Scottish Certificate of Education, 1962
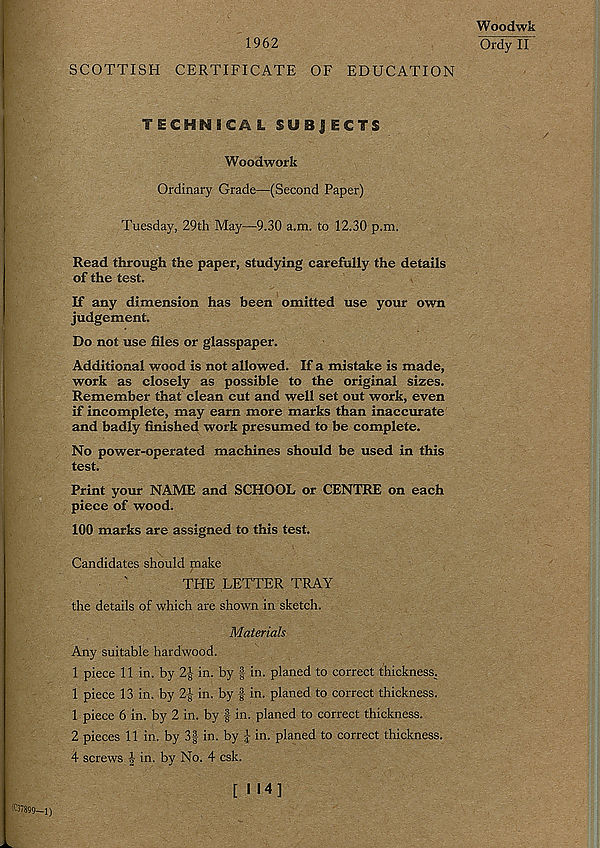
1962
SCOTTISH CERTIFICATE OF EDUCATION
Woodwk
Ordy II'
TECHMICAL SUBJECTS
Woodwork
Ordinary Grade—(Second Paper)
Tuesday, 29th May—9.30 a.m. to 12.30 p.m.
Read through the paper, studying carefully the details
of the test.
If any dimension has been omitted use your own
judgement.
Do not use files or glasspaper.
Additional wood is not allowed. If a mistake is made,
work as closely as possible to the original sizes.
Remember that clean cut and well set out work, even
if incomplete, may earn more marks than inaccurate
and badly finished work presumed to be complete.
No power-operated machines should be used in this
test.
Print your NAME and SCHOOL or CENTRE on each
piece of wood.
100 marks are assigned to this test.
Candidates should make
THE LETTER TRAY
the details of which are shown in sketch.
Materials
Any suitable hardwood.
1 piece 11 in. by 2| in. by f in. planed to correct thickness.
1 piece 13 in. by
in. by f in. planed to correct thickness.
1 piece 6 in. by 2 in. by f in. planed to correct thickness.
2 pieces 11 in. by 3| in. by in. planed to correct thickness.
4 screws \ in. by No. 4 csk.
[ 114]